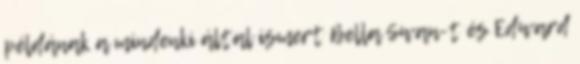
példának a mindenki által ismert Bella Swan-t és Edward